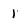
Character: 1